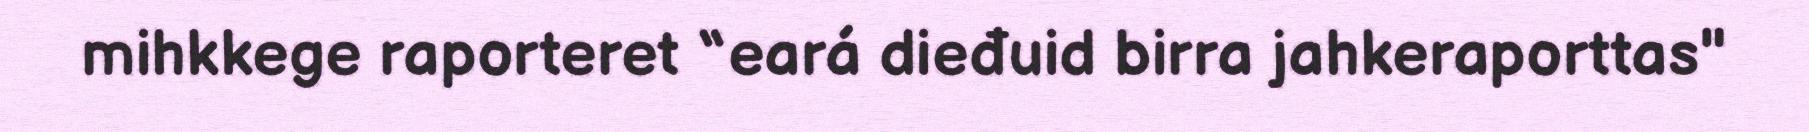
mihkkege raporteret “eará dieđuid birra jahkeraporttas"